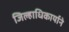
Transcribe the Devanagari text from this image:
जिल्हाधिकार्याने